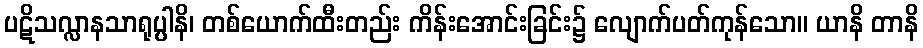
ပဋိသလ္လာနသာရုပ္ပါနိ၊ တစ်ယောက်ထီးတည်း ကိန်းအောင်းခြင်း၌ လျောက်ပတ်ကုန်သော။ ယာနိ တာနိ